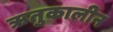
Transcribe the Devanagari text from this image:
ऋतुकालीन